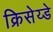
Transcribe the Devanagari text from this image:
क्रिसेय्डे